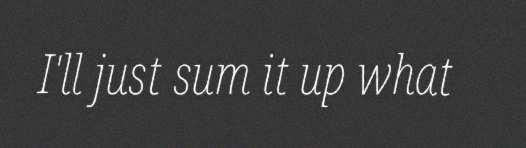
I'll just sum it up what